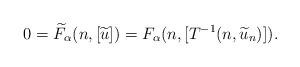
LaTeX: \begin{align*}0=\widetilde{F}_{\alpha}(n,[\widetilde{u}])=F_{\alpha}(n,[T^{-1}(n,\widetilde{u}_n)]).\end{align*}